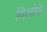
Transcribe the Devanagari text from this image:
विलोबे